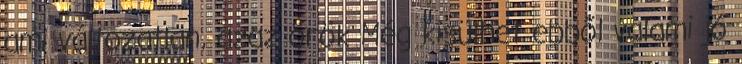
ami változatlan, azaz örök Még kisülhet ebből valami jó